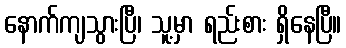
နောက်ကျသွားပြီ၊ သူ့မှာ ရည်းစား ရှိနေပြီ။